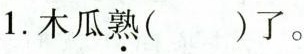
1.木瓜熟( )了。